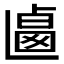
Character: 𠨅